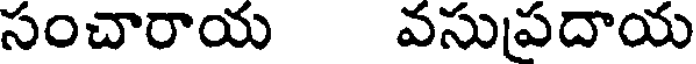
సంచారాయ వసుప్రదాయ